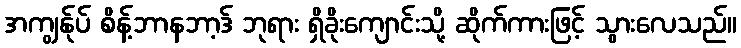
အကျွန်ုပ် စိန့်ဘာနဘာ့ဒ် ဘုရား ရှိခိုးကျောင်းသို့ ဆိုက်ကားဖြင့် သွားလေသည်။